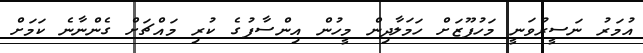
އުމަރު ނަސީރުވަނީ މަހުފޫޒަށް ހަމަލާދިން މީހުން އިންސާފުގެ ކުރި މައްޗަށް ގެންނާނެ ކަމަށް